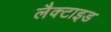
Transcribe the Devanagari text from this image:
लैक्टाइड